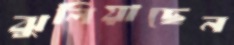
ঝুলিয়াছেন